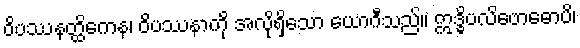
ဝိပဿနတ္ထိကေန၊ ဝိပဿနာကို အလိုရှိသော ယောဂီသည်။ ဣဒ္ဓိပလိဗောဓောပိ၊